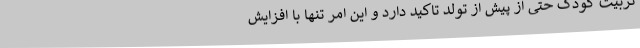
تربیت کودک حتی از پیش از تولد تاکید دارد و این امر تنها با افزایش